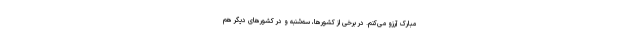
مبارک آرزو می‌کنم. در برخی از کشورها، سه‌شنبه و در کشورهای دیگر هم